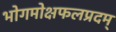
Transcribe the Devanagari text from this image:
भोगमोक्षफलप्रदम्